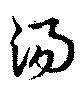
湯